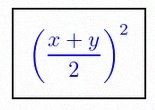
\left(\frac{x+y}{2}\right)^2